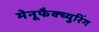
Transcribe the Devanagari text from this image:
मेनूफैक्च्युरिंग